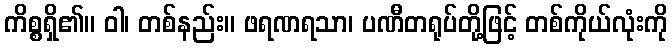
ကိစ္စရှိ၏။ ဝါ၊ တစ်နည်း။ ဖရဏရသာ၊ ပဏီတရုပ်တို့ဖြင့် တစ်ကိုယ်လုံးကို